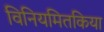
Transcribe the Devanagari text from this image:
विनियमितकिया